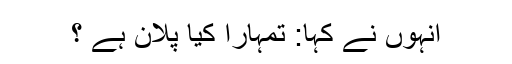
انہوں نے کہا: تمہارا کیا پلان ہے ؟